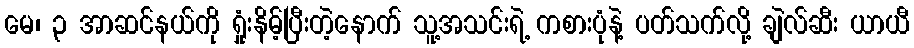
မေ၊ ၃ အာဆင်နယ်ကို ရှုံးနိမ့်ပြီးတဲ့နောက် သူ့အသင်းရဲ့ ကစားပုံနဲ့ ပတ်သက်လို့ ချဲလ်ဆီး ယာယီ